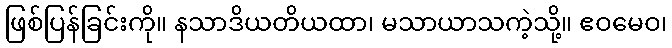
ဖြစ်ပြန်ခြင်းကို။ နသာဒိယတိယထာ၊ မသာယာသကဲ့သို့။ ဧဝမေဝ၊